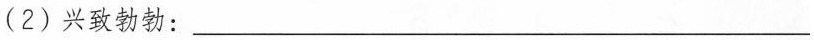
(2)兴致勃勃：___